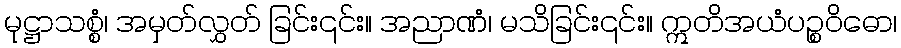
မုဋ္ဌာသစ္စံ၊ အမှတ်လွှတ် ခြင်း၎င်း။ အညာဏံ၊ မသိခြင်း၎င်း။ ဣတိအယံပဉ္စဝိဓော၊